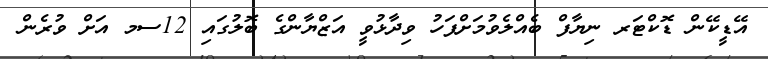
އޭޑީކޭން ޑޮކްޓަރ ނިޔާފް ބެއްލެވުމަށްފަހު ވިދާޅުވީ އަޒްޔާންގެ ބޮލުގައި 12ސމ އަށް ވުރެން